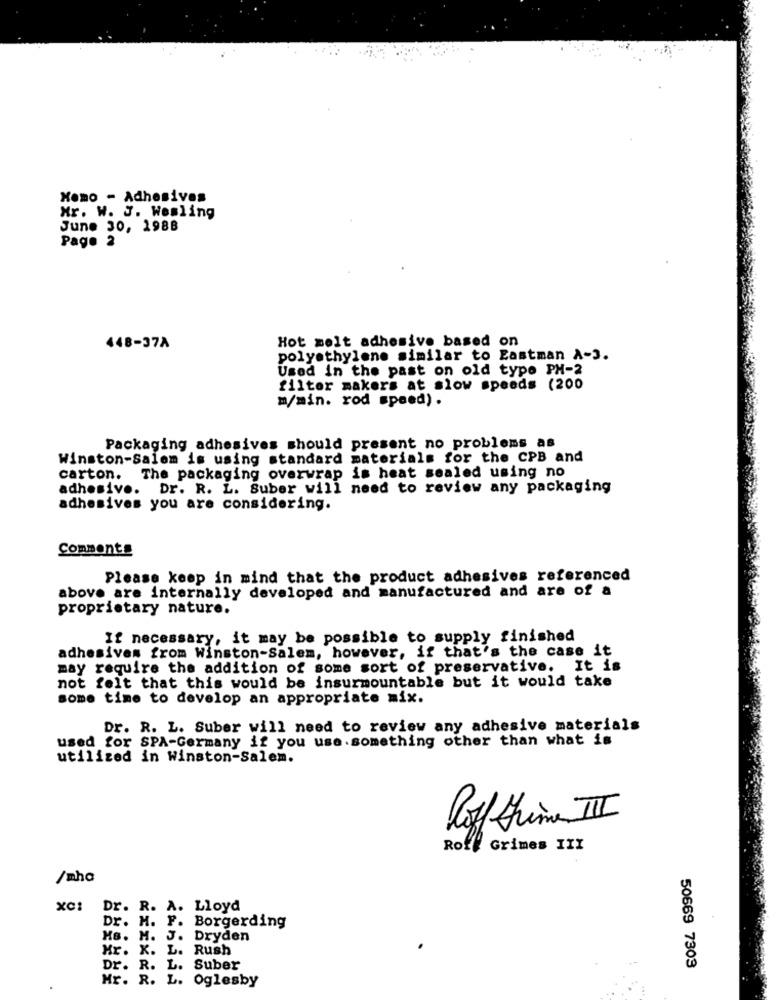
Homo - Adhesives
Mr. W. J. Wesling
June 30, 1988
Pago 2
Hot melt adhesive based on
448-37A
polyethylene similar to Eastman A-3.
Used in the past on old typo PH-2
filter makers at slow speeds (200
m/min. rod speed) .
Packaging adhesives should present no problems as
Winston-Salem is using standard materials for the CPB and
carton. The packaging overwrap is heat sealed using no
adhesivo.
Dr. R. L. Suber will need to review any packaging
adhesives you are considering.
Comments
Please keep in mind that the product adhesives referenced
above are internally developed and manufactured and are of a
proprietary nature.
If necessary, it may be possible to supply finished
adhesives from Winston-Salem, however, if that's the case it
may require the addition of some sort of preservative. It is
not felt that this would be insurmountable but it would take
some time to develop an appropriate mix.
Dr. R. L. Suber will need to review any adhesive materials
used for SPA-Germany if you use.something other than what is
utilized in Winston-Salem.
Pof time III
Rof# Grimes III
/mhc
xC:
Dr. R. A. Lloyd
Dr. M. F. Borgerding
Hs. M. J. Dryden
Mr. X. L. Rush
Dr. R. L. Suber
50669 7303
Mr. R. L. Oglesby